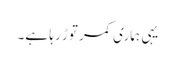
یہی ہماری کمر توڑ رہا ہے۔